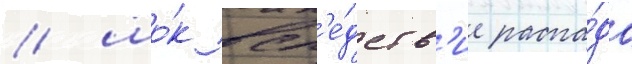
/ шо́к всл'е́дств'ие распа́да